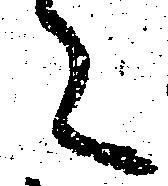
々